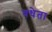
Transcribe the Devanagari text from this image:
वधेता